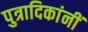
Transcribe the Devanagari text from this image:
पुत्रादिकांनीं